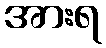
အားရ